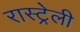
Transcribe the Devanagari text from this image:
रास्ट्रेली